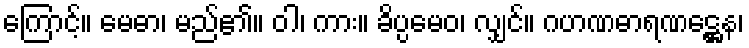
ကြောင့်။ မေဓာ၊ မည်၏။ ဝါ၊ ကား။ ခိပ္ပမေဝ၊ လျှင်။ ဂဟဏဓာရဏဋ္ဌေန၊